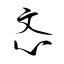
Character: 忞